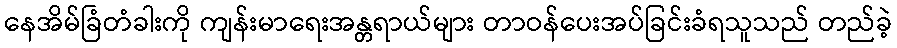
နေအိမ်ခြံတံခါးကို ကျန်းမာရေးအန္တရာယ်များ တာဝန်ပေးအပ်ခြင်းခံရသူသည် တည်ခဲ့